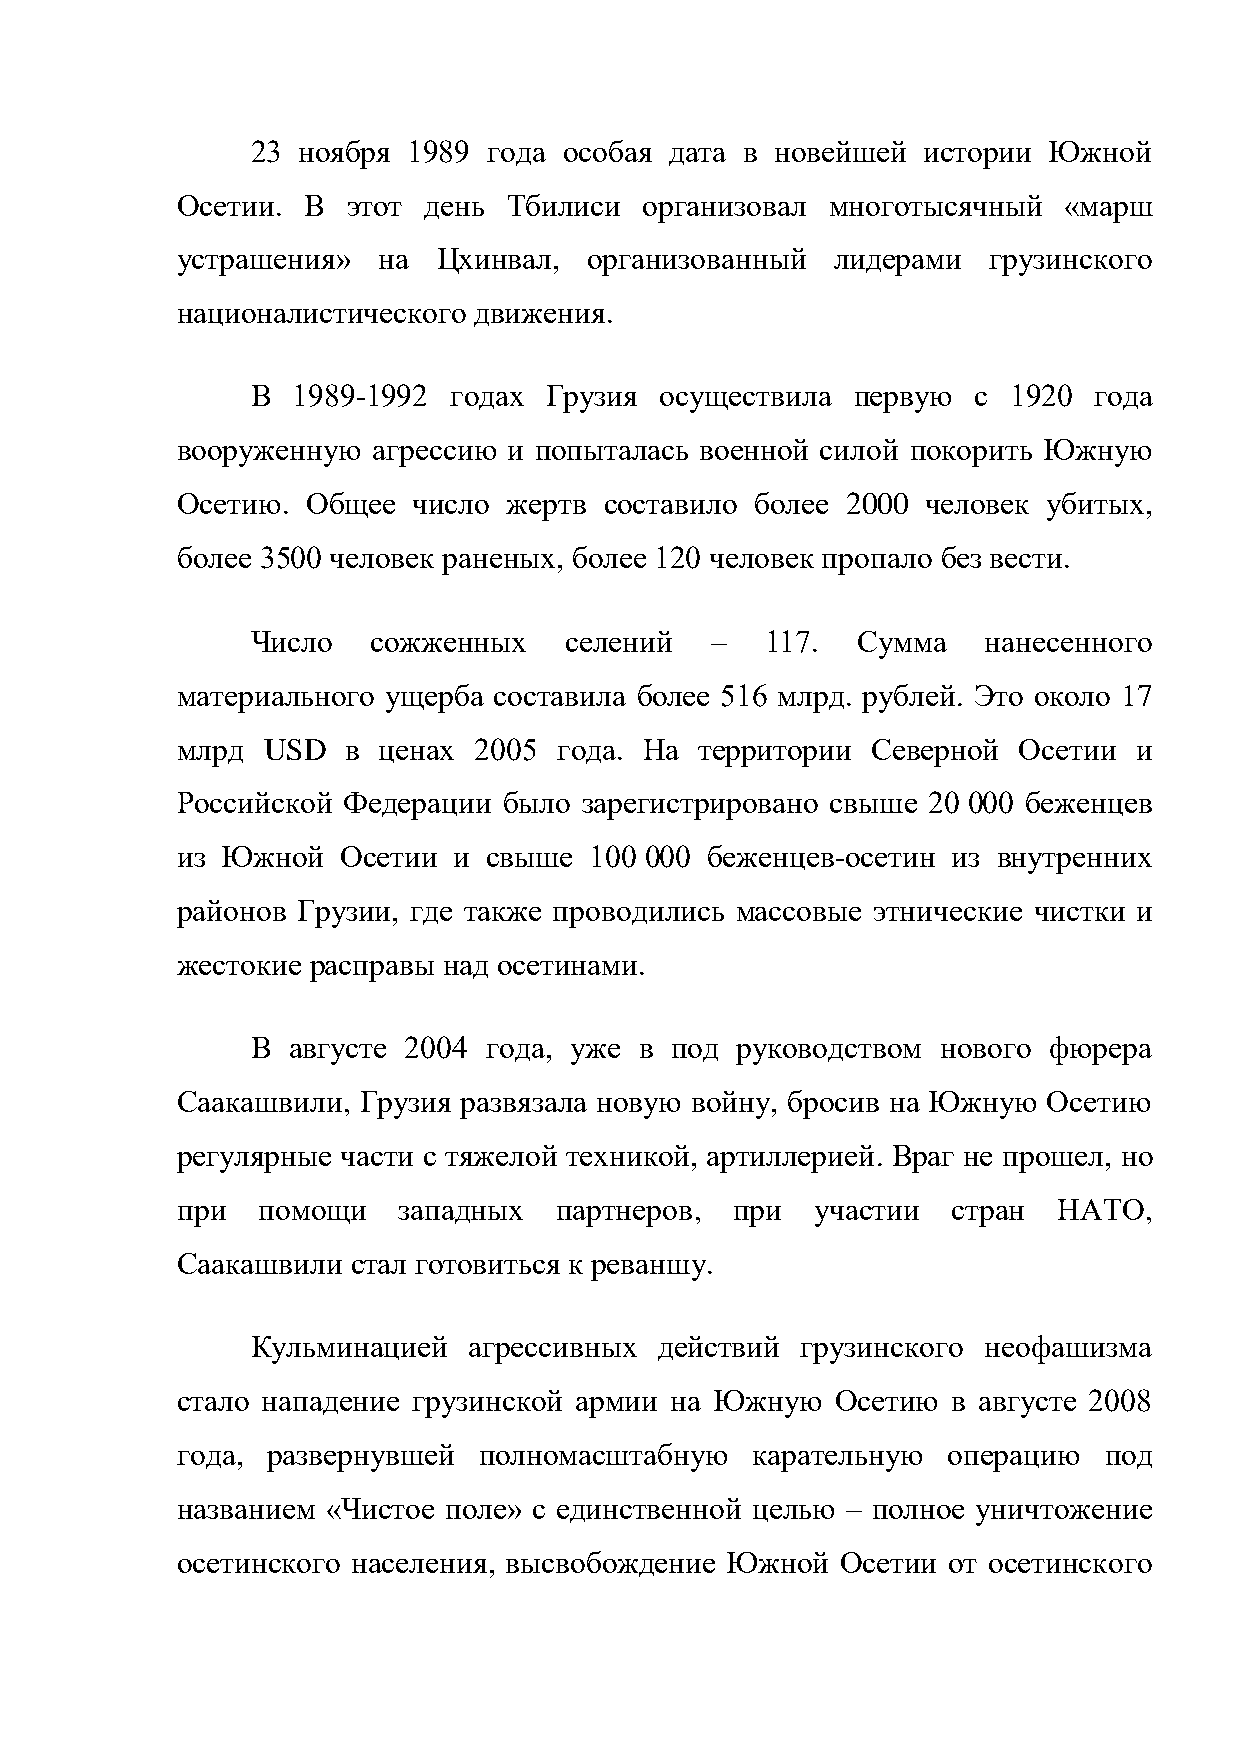
23 ноября 1989 года особая дата в новейшей  истории Южной
 Осетии. В  этот день  Тбилиси  организовал многотысячный  «марш
 устрашения»  на  Цхинвал,  организованный  лидерами  грузинского
 националистического движения.
 В 1989-1992  годах Грузия  осуществила первую  с  1920 года
 вооруженную  агрессию и попыталась военной силой покорить Южную
 Осетию. Общее  число  жертв составило более 2000 человек убитых,
 более 3500 человек раненых, более 120 человек пропало без вести.
 Число   сожженных   селений   –   117.  Сумма   нанесенного
 материального ущерба составила более 516 млрд. рублей. Это около 17
 млрд USD   в ценах 2005  года. На территории  Северной Осетии  и
 Российской Федерации было  зарегистрировано свыше 20 000 беженцев
 из Южной   Осетии и свыше  100 000 беженцев-осетин из внутренних
 районов Грузии, где также проводились массовые этнические чистки и
 жестокие расправы над осетинами.
 В августе 2004 года, уже в под  руководством нового фюрера
 Саакашвили, Грузия развязала новую войну, бросив на Южную Осетию
 регулярные части с тяжелой техникой, артиллерией. Враг не прошел, но
 при  помощи   западных   партнеров,  при  участии  стран  НАТО,
 Саакашвили стал готовиться к реваншу.
 Кульминацией  агрессивных  действий грузинского неофашизма
 стало нападение грузинской армии на Южную  Осетию  в августе 2008
 года, развернувшей  полномасштабную   карательную  операцию  под
 названием «Чистое поле» с единственной целью – полное уничтожение
 осетинского населения, высвобождение Южной  Осетии от осетинского